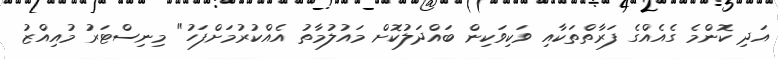
އަދި ކޮންމެ ގެެއެއްގެ ފަރާތްތަކާއި ވަކިވަކިން ބައްދަލުކޮށް މައުލުމާތު އެއްކުރުމަށްފަހު" މިނިސްޓަރު މުއިއްޒު